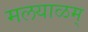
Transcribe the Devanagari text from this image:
मलयाळम्‌